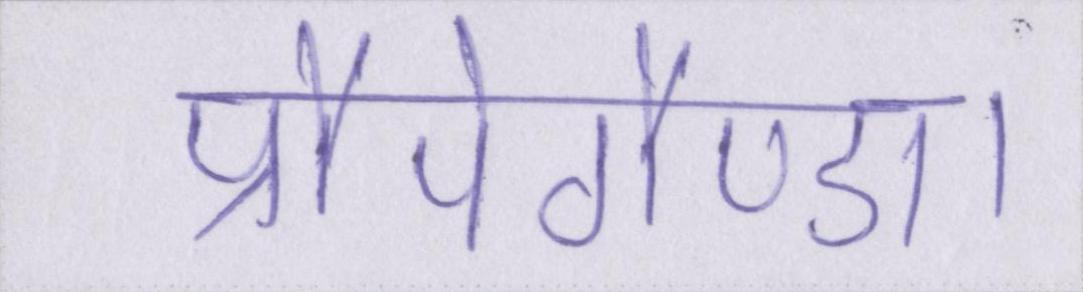
प्रौपेगैण्डा।